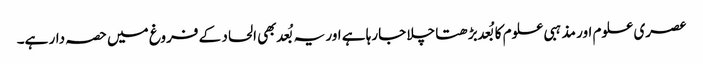
عصری علوم اور مذہبی علوم کا بُعد بڑھتا چلا جارہا ہے اور یہ بُعد بھی الحاد کے فروغ میں حصہ دار ہے۔